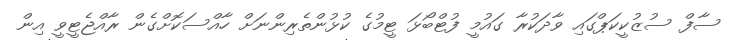
ސާފް ސުޒުކީކަޕްގައި ވާދަކުރާ ގައުމީ ފުޓްބޯޅަ ޓީމުގެ ކުޅުންތެރިންނަށް ހާއްސަކޮށްގެން ރާއްޖެޓީވީ އިން